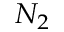
N _ { 2 }